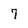
Character: 7